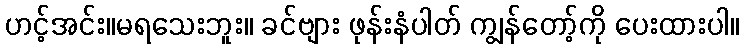
ဟင့်အင်း။မရသေးဘူး။ ခင်ဗျား ဖုန်းနံပါတ် ကျွန်တော့်ကို ပေးထားပါ။